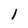
Character: 1